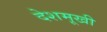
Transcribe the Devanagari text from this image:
देशमूखी